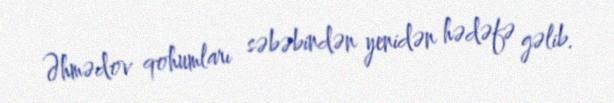
Əhmədov qohumları səbəbindən yenidən hədəfə gəlib.